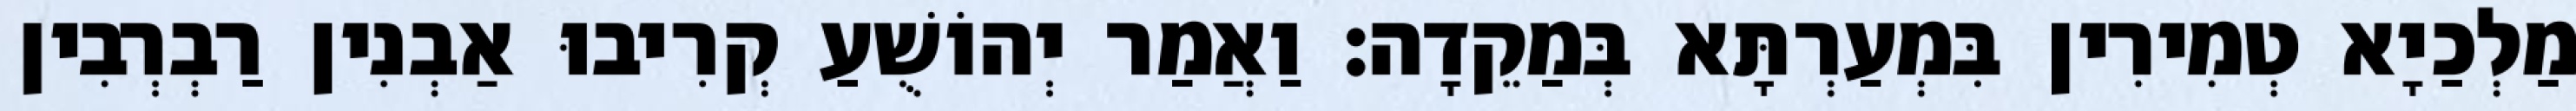
מַלְכַיָא טְמִירִין בִּמְעַרְתָּא בְּמַקֵדָה׃ וַאֲמַר יְהוֹשֻׁעַ קְרִיבוּ אַבְנִין רַבְרְבִין